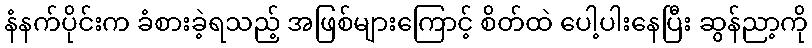
နံနက်ပိုင်းက ခံစားခဲ့ရသည့် အဖြစ်များကြောင့် စိတ်ထဲ ပေါ့ပါးနေပြီး ဆွန်ညာ့ကို